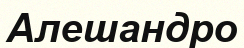
Алешандро